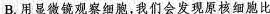
B.用显微镜观察细胞，我们会发现原核细胞比